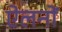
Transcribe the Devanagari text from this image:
ऐलनों